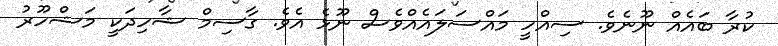
ކުރާ ބައެއް ނޫނެވެ. ސިއްހީ މައްސަލައެއްވެސް ނޫޅެ އެވެ. ގާސިމް ޝާހިދަކީ މަޝްހޫރު